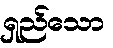
ရှည်သော